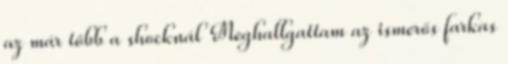
az már több a shocknál Meghallgattam az ismerős farkas